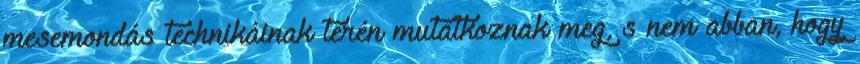
mesemondás technikáinak terén mutatkoznak meg, s nem abban, hogy